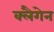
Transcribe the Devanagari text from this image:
क्लैगेन